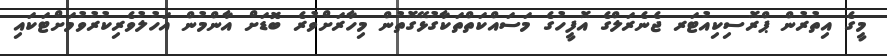
މީގެ އިތުރުން ޕްރޮސިކިއުޓަރ ޖެނެރަލްގެ އޮފީހުގެ މަސައްކަތްތަކާގުޅޭގޮތުން މިހާރަށްވުރެ ބޮޑަށް އާންމުން އަހުލުވެރިކުރުވުމަށްޓަކައި